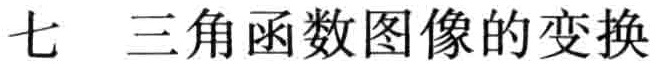
七 三角函数图像的变换